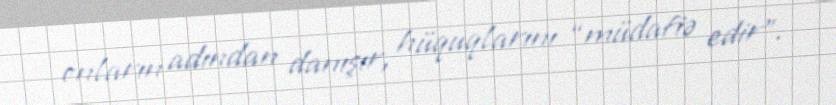
onların adından danışır, hüquqlarını “müdafiə edir”.